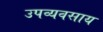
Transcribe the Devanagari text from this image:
उपव्यवसाय